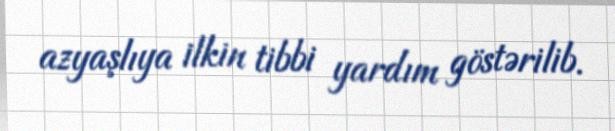
azyaşlıya ilkin tibbi yardım göstərilib.